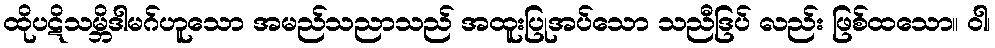
ထိုပဋိသမ္ဘိဒါမဂ်ဟူသော အမည်သညာသည် အထူးပြုအပ်သော သညီဒြပ် လည်း ဖြစ်ထသော။ ဝါ၊